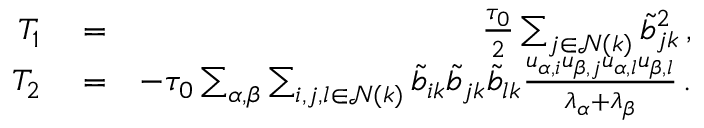
\begin{array} { r l r } { T _ { 1 } } & { { } = } & { \frac { \tau _ { 0 } } { 2 } \sum _ { j \in \mathcal { N } ( k ) } \tilde { b } _ { j k } ^ { 2 } \, , } \\ { T _ { 2 } } & { { } = } & { - \tau _ { 0 } \sum _ { \alpha , \beta } \sum _ { i , j , l \in \mathcal { N } ( k ) } \tilde { b } _ { i k } \tilde { b } _ { j k } \tilde { b } _ { l k } \frac { u _ { \alpha , i } u _ { \beta , j } u _ { \alpha , l } u _ { \beta , l } } { \lambda _ { \alpha } + \lambda _ { \beta } } \, . } \end{array}